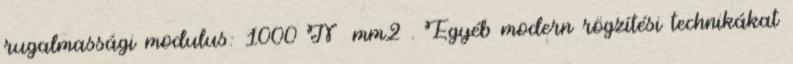
rugalmassági modulus: 1000 N mm2 . Egyéb modern rögzítési technikákat